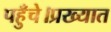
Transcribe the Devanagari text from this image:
पहुँचे।प्रख्यात